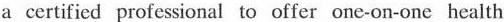
a certified profesional to offer onc-on-one health